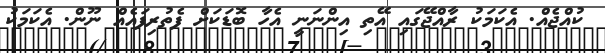
ކުއްޖެއް. އެކަމަކު ރާއްޖޭގައި އޭތި އިންނަނީ އެހާ ބޮޑަކަށް ފެތުރިފައެއް ނޫން. އެކަމަކު